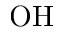
\mathrm { O H }